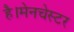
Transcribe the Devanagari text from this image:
है।मेनचेस्टर